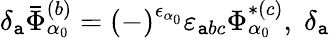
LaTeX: \delta_{\mathtt{a}}\bar{{\Phi}}_{\alpha_{0}}^{(b)}=\left(-\right)^{\epsilon_{\alpha_{0}}}\varepsilon_{\mathtt{a}bc}\Phi_{\alpha_{0}}^{*(c)},\; \delta_{\mathtt{a}}